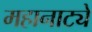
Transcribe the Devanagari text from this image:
महानाट्ये